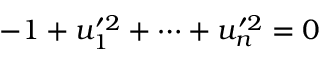
- 1 + u _ { 1 } ^ { \prime 2 } + \cdots + u _ { n } ^ { \prime 2 } = 0